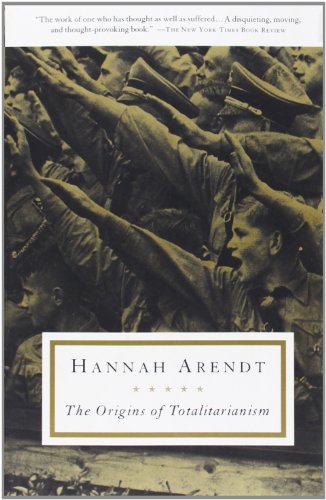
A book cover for The Origins of Totalitarianism; Hannah Arendt; Politics & Social Sciences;